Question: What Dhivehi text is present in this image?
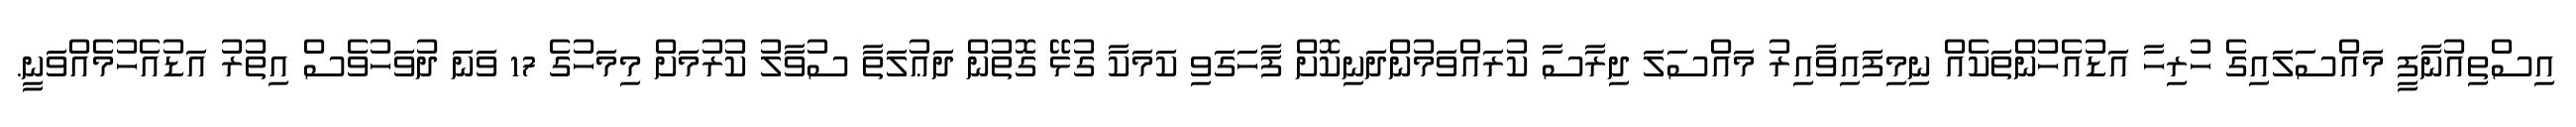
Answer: އިސްތިއުނާފީ މައްސަލައިގެ ހުރިހާ އަޑުއެހުންތަކެއް ނިމިފައިވާއިރު މައްސަލަ ދިރާސާ ކުރައްވަމުންދަނިކޮށް ފާހަގަވި ކަމަކާ ގުޅޭ ގޮތުން ދަޢުލަތާ ސުވާލު ކުރުމަށް މިމަހުގެ 17 ވަނަ ދުވަހުވެސް އިތުރު އަޑުއެހުމެއްވަނީ.